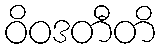
ဝိဝဒတီတိ